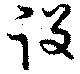
役